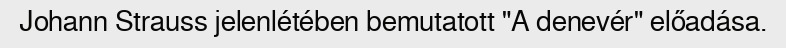
Johann Strauss jelenlétében bemutatott "A denevér" előadása.